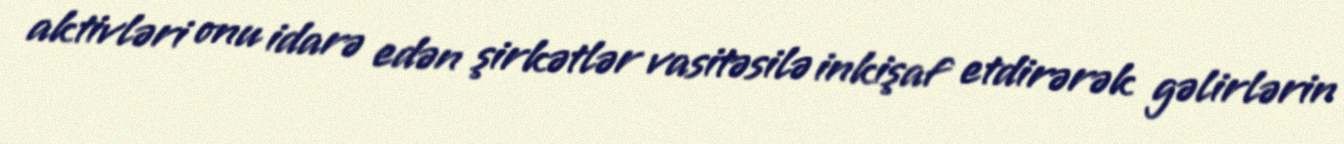
aktivləri onu idarə edən şirkətlər vasitəsilə inkişaf etdirərək gəlirlərin